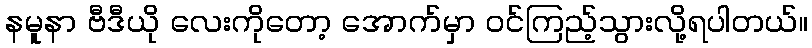
နမူနာ ဗီဒီယို လေးကိုတော့ အောက်မှာ ဝင်ကြည့်သွားလို့ရပါတယ်။